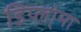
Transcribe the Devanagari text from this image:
डिप्लो्मा